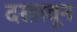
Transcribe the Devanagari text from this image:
दखावून